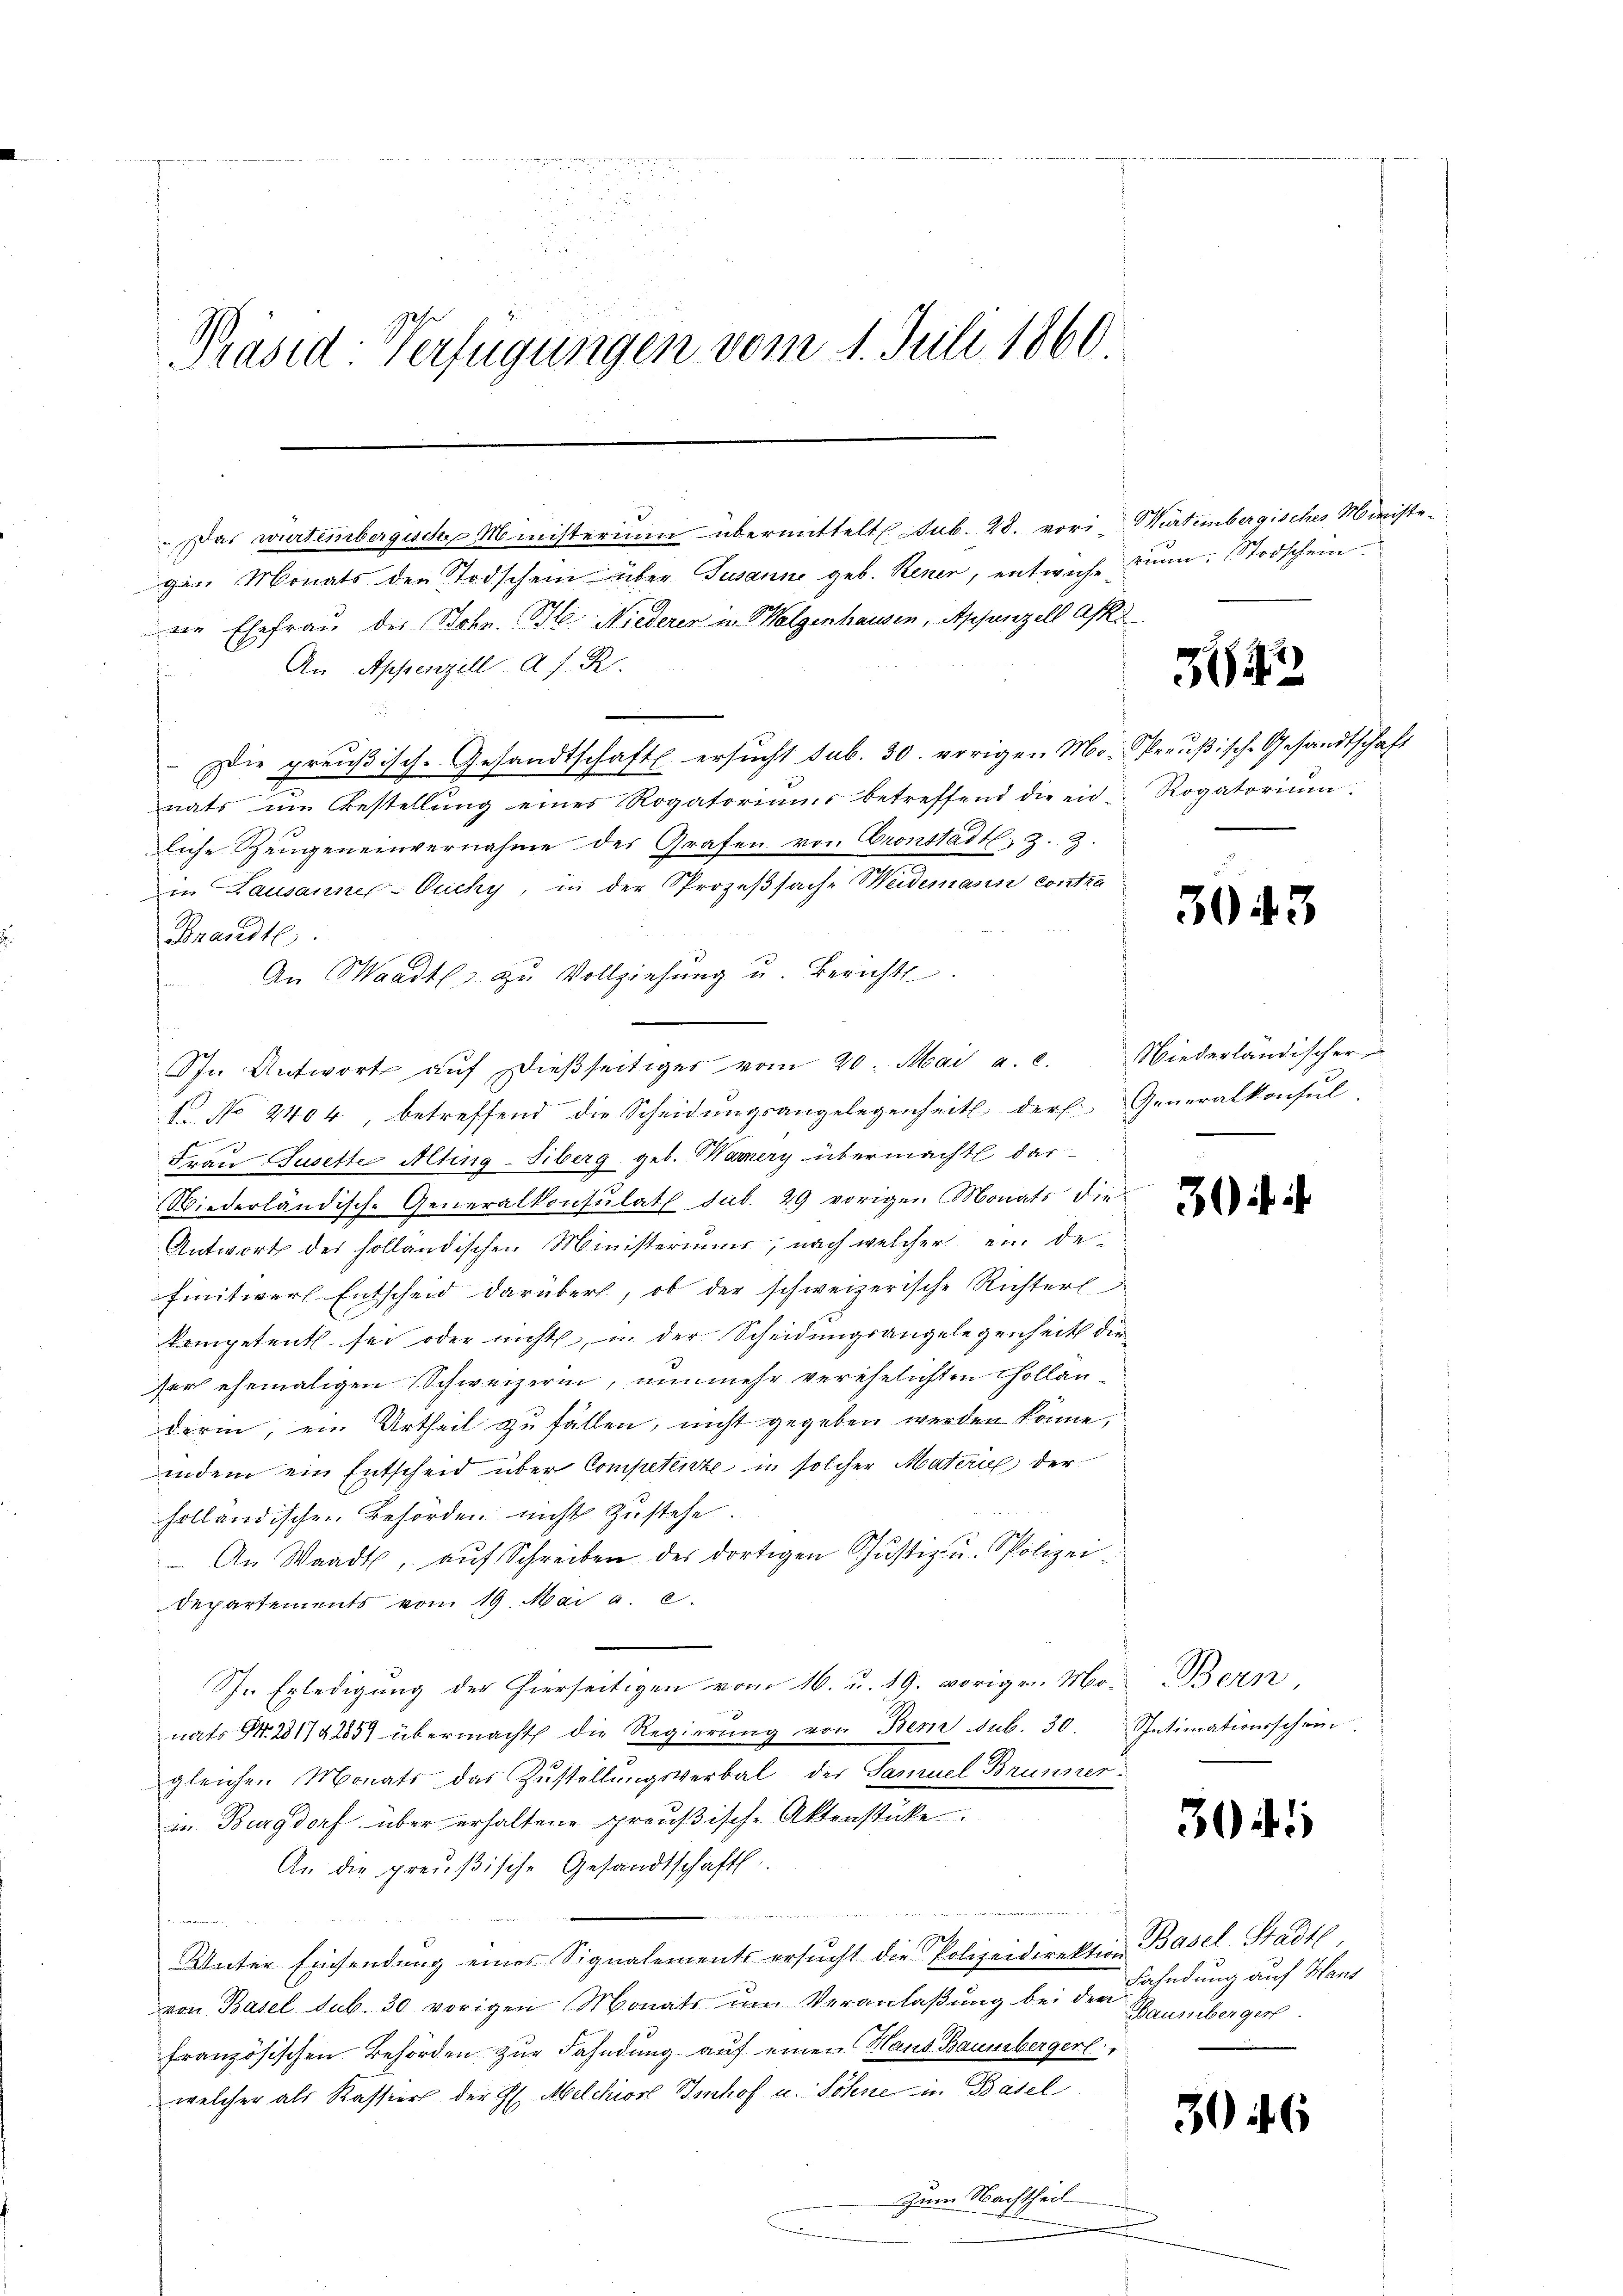
2

Prased Verfügungen vom 1. Juli 1860.

gen Monats den Todschein über Susanne geb. Rener, entwiche dann: Stodschein
die Ehefrau des Bohn. Bl. Niederer in Wolgenhausen, Appenzell A.
Die preußisch-Gesandtschaft ersucht sub. 30. vorigen Mo-Preußische Gesandtschaft
liche Zeugen einvernahme des Grafen von Gronstadt, z. Z.
in Lausanner-Cucky, in der Prozeβsach-Weidemann contra
Brandte.
An Waadt zu Vollziehung u. Bericht
f. No 2404, betreffend die Scheidungsangelegenheit ders. Generalkonsul-
d
Frau Jusette Alting-Siberg geb. Warnery übermacht dar
Wiederländisch-Generalkonsulat sub. 29 vorigen Monats die
Antwort der holländischen Ministerium, nach welcher ein de-
finitiver Entscheid darüber, ob der schweizerische Richterl
kompetent sei oder nicht, in der Scheidungsangelegenheits die
Ver ehemaligen Schweizerin, nunmehr verehelichten Collandarin, ein Urtheil zu fällen, nicht gegeben werden könne.
indem ein Entscheid über Competente in solcher Materie der
holländischen Behörden nicht zustehe.
An Waadt, aŭf Schreiben des dortigen Justiz- u. Polizei-
Departements vom 19. Mai a. c.
Sp. Erledigung der hierseitigen vom 16. u. 19. vorigen Mo-Bern
nats S. 2317425 übermacht die Regierŭng von Bern sub. 30 Intimationsschein.
gleichen Monats das Zustellungsverbal der Samuel Brunner
in Burgdorf über erhaltene preußisch-Aktenstüke
An die preußische Gesandtschaft.
, ich ich eine de rechen weite
n
Unter Einsendŭng eines Signalements ersŭcht die Polizeidirektion Basel-Stadt
von Basel sub. 30 vorigen Monats um Veranlaßung bei der Fahndung auf Haus
französischen Behörden zur Fahndung auf einen Haus Baumbergerl
welcher als Kassers der l. Melchior Benhof u. Söhne in Basel
 zum Nachtheil

Das wurteinbergisch Ministerium übermittelt. sub. 28. vori-Würtembergisches Ministe

An Appenzell A. h. R.
nats im Bestellung eines Rogatoriums betreffend die ein Rogatorium.

In Antwort aŭf dieβseitiger vom 20. Mai a. c. Niederländischer

3622

30

m

3

30

3045

Baumberger.

3046